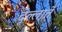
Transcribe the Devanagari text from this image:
देल्लार्ते